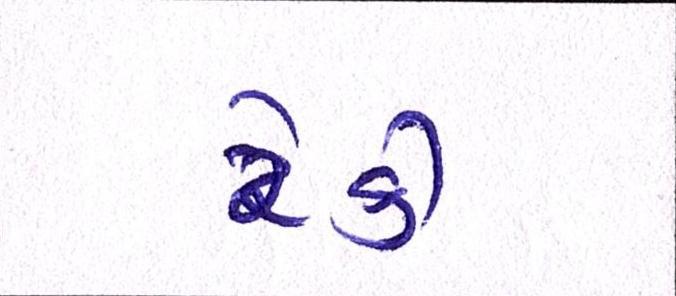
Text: રેકી